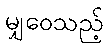
မျှဝေသည့်